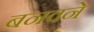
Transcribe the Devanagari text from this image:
बनवने